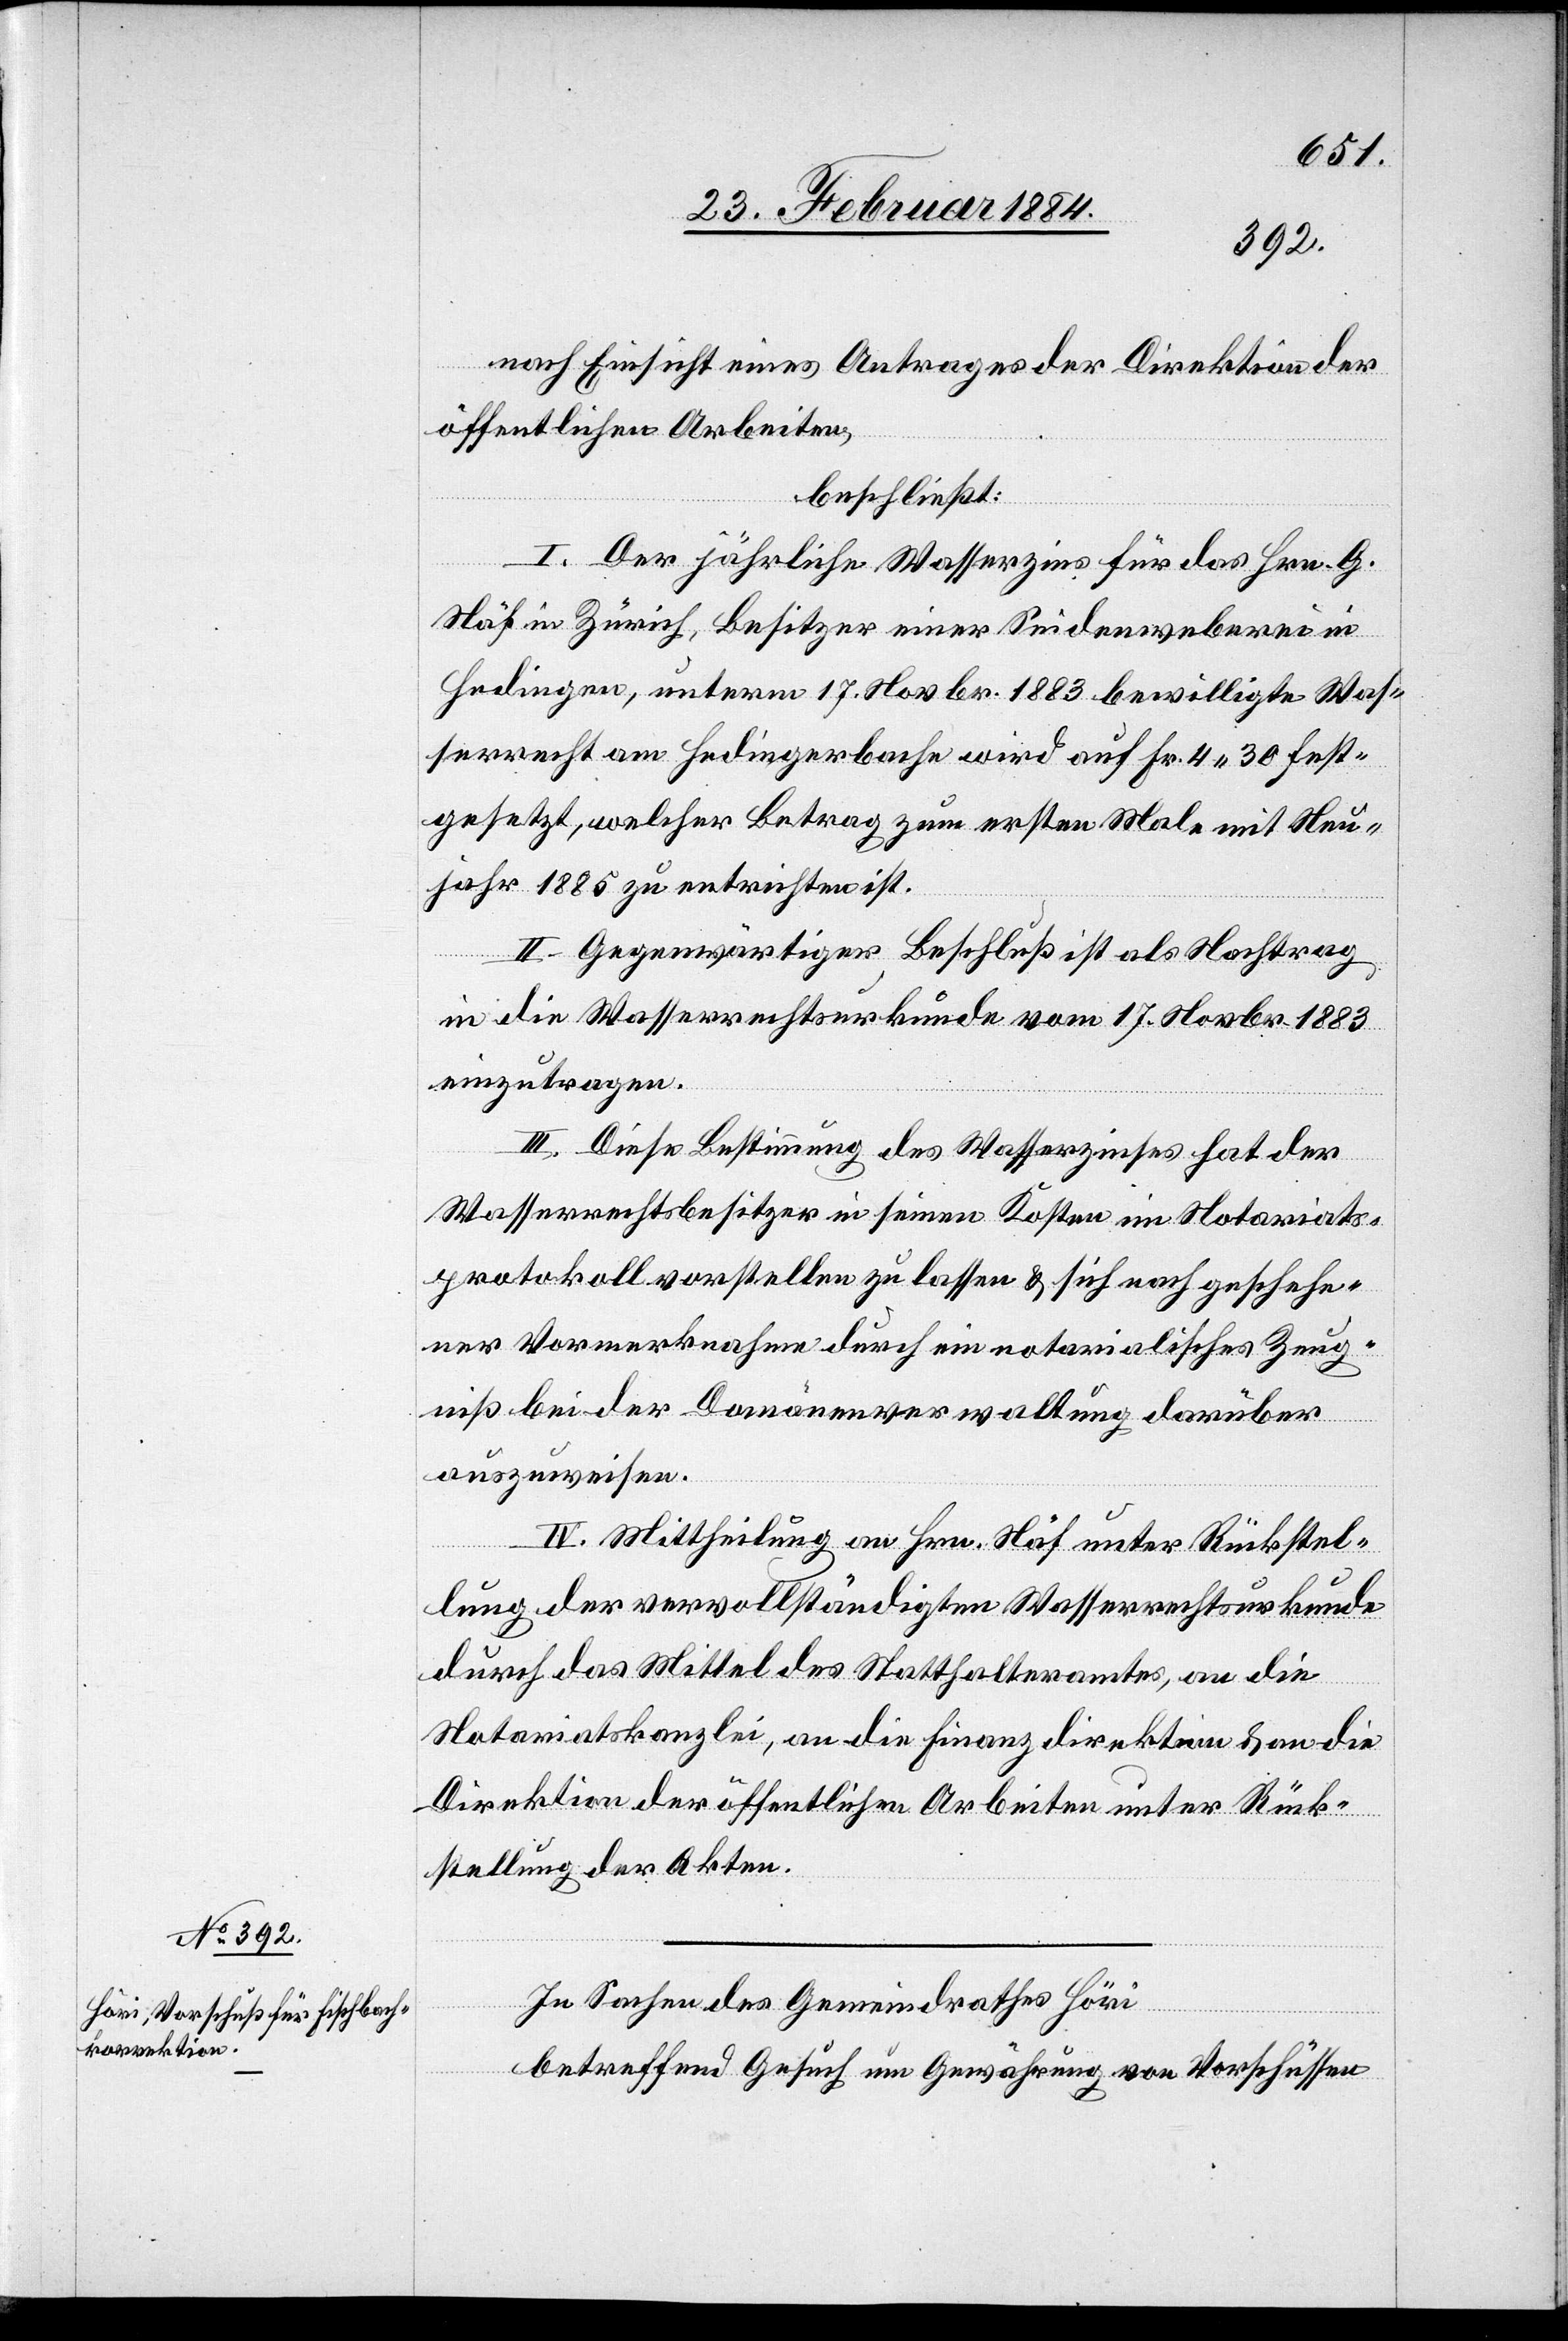
nach Einsicht eines Antrages der Direktion der
öffentlichen Arbeiten,
beschließt:
I. Der jährliche Wasserzins für das Hrn. G.
Näf in Zürich, Besitzer einer Seidenweberei in
Hedingen, unterm 17. Novbr. 1883 bewilligte Was¬
serrecht am Hedingerbache wird auf Fr. 4 30 fest¬
gesetzt, welcher Betrag um ersten Male mit Neu¬
jahr 1885 zu entrichten ist.
II. Gegenwärtiger Beschluß ist als Nachtrag
in die Wasserrechtsurkunde vom 17. Novbr. 1883
einzutragen.
III. Diese Bestimmung des Wasserzinses hat der
Wasserrechtsbesitzer in seinen Kosten im Notariats¬
protokoll vorstellen zu lassen & sich nach geschehe¬
ner Vormerknahme durch ein notarialisches Zeug¬
niß bei der Domänenverwaltung darüber
auszuweisen.
IV. Mittheilung an Hrn. Näf unter Rückstel¬
lung der vervollständigten Wasserrechtsurkunde
durch das Mittel des Statthalteramtes, an die
Notariatskanzlei, an die Finanzdirektion & an die
Direktion der öffentlichen Arbeiten unter Rück¬
stellung der Akten.
In Sachen des Gemeindrathes Höri
betreffend Gesuch um Gewährung von Vorschüssen